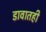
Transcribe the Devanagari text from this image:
डावातही